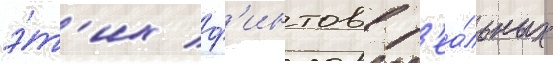
э́т'их ф'интов в р'еа́льных